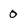
Character: 0